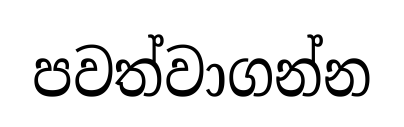
පවත්වාගන්න